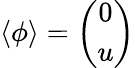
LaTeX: \langle\phi\rangle=\left(\begin{array}{c}{{0}}\\ {{u}}\end{array}\right)